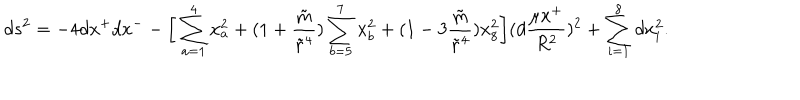
LaTeX: d s ^ { 2 } = - 4 d x ^ { + } d x ^ { - } - \bigg [ \sum _ { a = 1 } ^ { 4 } x _ { a } ^ { 2 } + ( 1 + { \frac { \tilde { m } } { { \tilde { r } } ^ { 4 } } } ) \sum _ { b = 5 } ^ { 7 } x _ { b } ^ { 2 } + ( 1 - 3 { \frac { \tilde { m } } { { \tilde { r } } ^ { 4 } } } ) x _ { 8 } ^ { 2 } \bigg ] ( d { \frac { \mu x ^ { + } } { R ^ { 2 } } } ) ^ { 2 } + \sum _ { i = 1 } ^ { 8 } d x _ { i } ^ { 2 } .